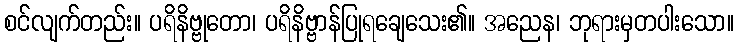
စင်လျက်တည်း။ ပရိနိဗ္ဗုတော၊ ပရိနိဗ္ဗာန်ပြုရချေသေး၏။ အညေန၊ ဘုရားမှတပါးသော။